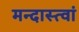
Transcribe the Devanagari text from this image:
मन्दास्त्वां